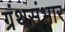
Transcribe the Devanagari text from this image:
ग्रंथसंभार